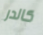
كالدر